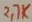
Text: 27K